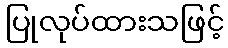
ပြုလုပ်ထားသဖြင့်